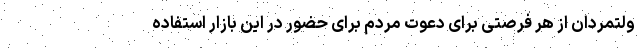
ولتمردان از هر فرصتی برای دعوت مردم برای حضور در این بازار استفاده